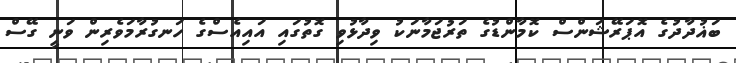
ބަޣުދާދުގެ އޮޕަރޭޝަންސް ކޮމާންޑުގެ ތަރުޖަމާނަކު ވިދާޅުވި ގޮތުގައި އައިއެސްގެ ހަނގުރާމަވެރިން ވަނީ ގޭސް